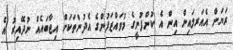
ރަޔަން އެއަރލައިން އިން އެ ކުންފުނީގެ މުވައްޒަފުންގެ އެދުންތަކަށް އިޖާބައެއް ނުދޭއިރު އެ